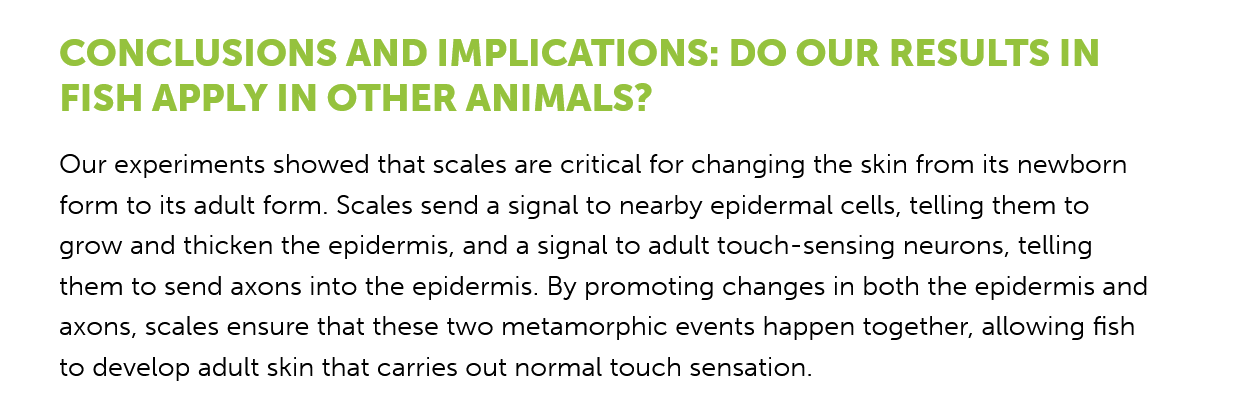
CONCLUSIONS    AND    IMPLICATIONS:    DO  OUR    RESULTS  IN
     FISH  APPLY    IN OTHER    ANIMALS?
     Our experiments showed that scales are critical for changing the skin from its newborn
     form to its adult form. Scales send a signal to nearby epidermal cells, telling them to
     grow and thicken the epidermis, and a signal to adult touch-sensing neurons, telling
     them to send axons into the epidermis. By promoting changes in both the epidermis and
     axons, scales ensure that these two metamorphic events happen together, allowing fish
     to develop adult skin that carries out normal touch sensation.